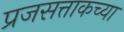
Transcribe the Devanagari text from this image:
प्रजसत्ताकच्या